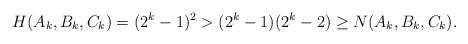
LaTeX: \begin{align*}H(A_k, B_k, C_k) = (2^k - 1)^2 > (2^k - 1)(2^{k} - 2) \geq N(A_k, B_k, C_k).\end{align*}